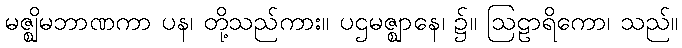
မဇ္ဈိမဘာဏကာ ပန၊ တို့သည်ကား။ ပဌမဇ္ဈာနေ၊ ၌။ ဩဠာရိကော၊ သည်။